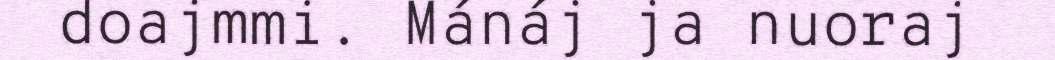
doajmmi. Mánáj ja nuoraj